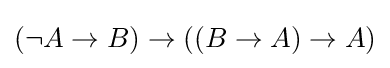
(\neg A\to B)\to ((B\to A)\to A)